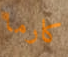
كارما